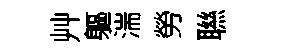
艸軀湍勞聮